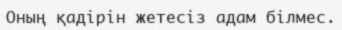
Оның қадірін жетесіз адам білмес.